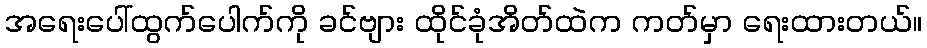
အရေးပေါ်ထွက်ပေါက်ကို ခင်ဗျား ထိုင်ခုံအိတ်ထဲက ကတ်မှာ ရေးထားတယ်။